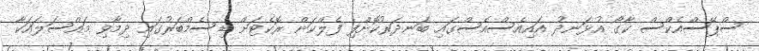
ސްޕޭސްއެކްސް ކާގޯ އުޅަނދު އައިއެސްއެސްގައި ބަނދަރުކޮށްފި ފެލްކަން ރޮކެޓަށް ޑިސެމްބަރުގައި ދިމާވި މައްސަލައަކާ